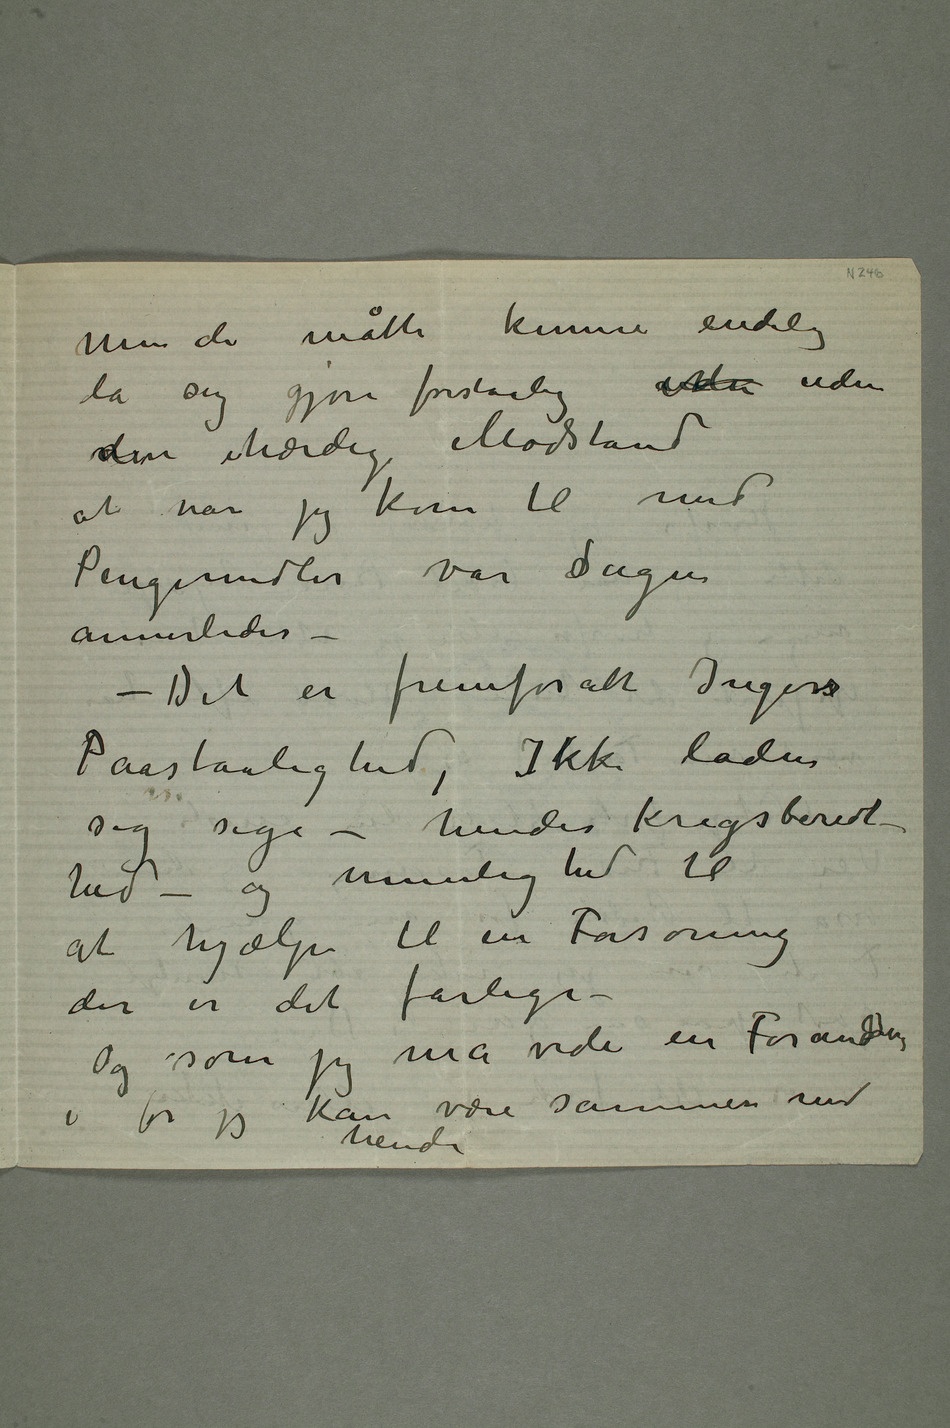
Men de måtte kunne endelig
la sig gjøre forståelig atter uden
den ihærdige Modstand
at når jeg kom til med
Pengemidler var sSagen
annerledes –
– Det er fremfor alt Ingers
Paastaalighed, Ikke lader
sig sige – hendes krigsberedt-
hed – og urimelighed til
at hjælpe til en Forsoning
der er det farlige –
Og som jeg må vide en Forandring
i før jeg kan være sammen med
hende